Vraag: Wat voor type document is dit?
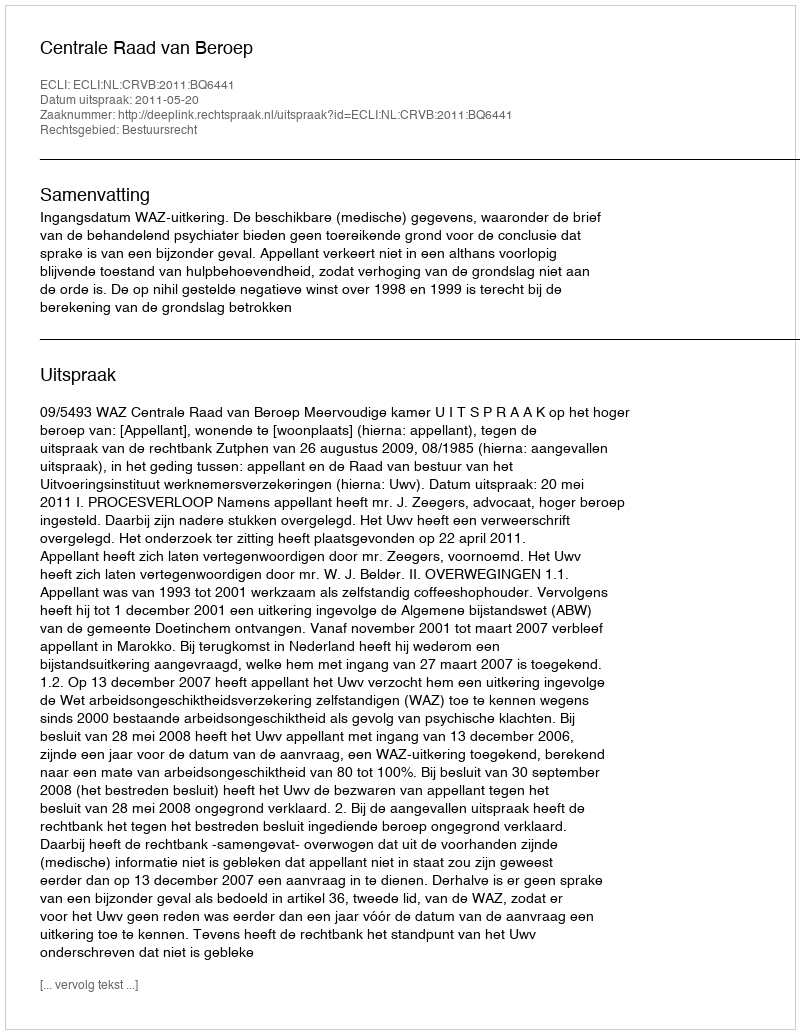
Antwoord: Uitspraak